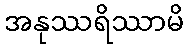
အနုဿရိဿာမိ